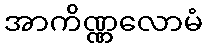
အာကိဏ္ဏလောမံ